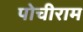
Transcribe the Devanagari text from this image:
पोचीराम